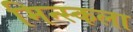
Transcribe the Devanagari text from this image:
मिन्स्कला